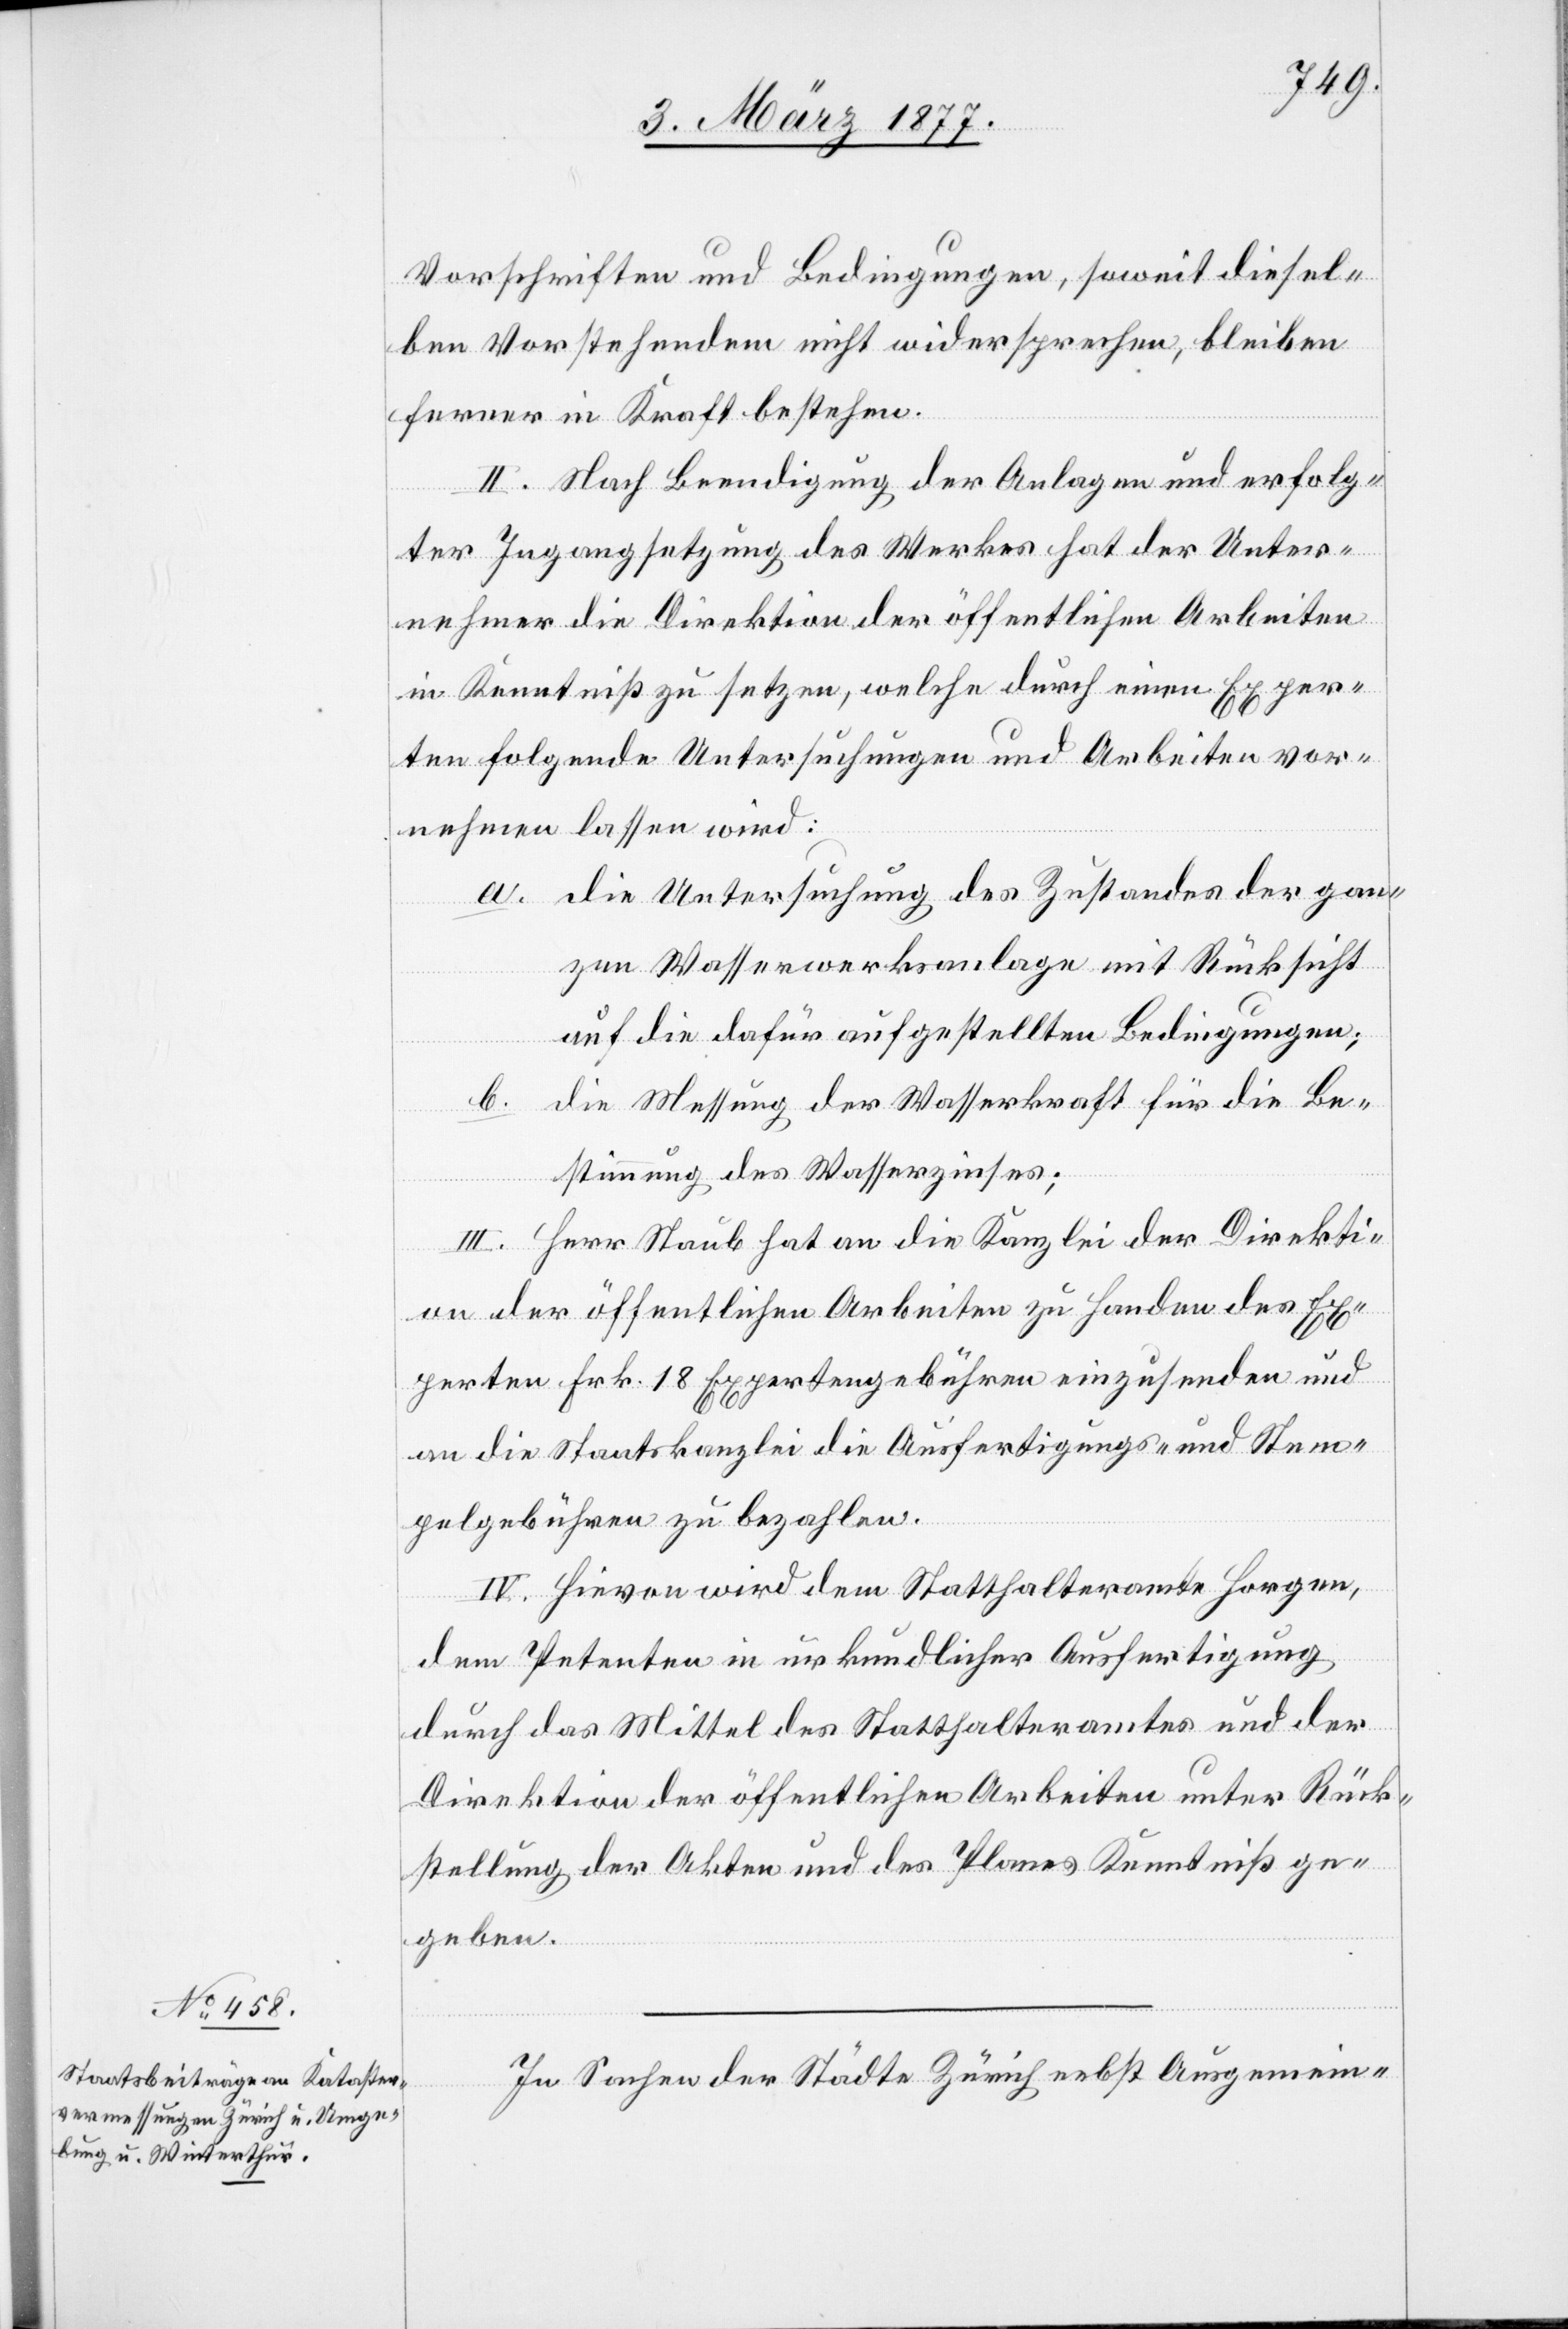
Vorschriften und Bedingungen, soweit diesel¬
ben Vorstehendem nicht wiedersprechen, bleiben
ferner in Kraft bestehen.
II. Nach Beendigung der Anlagen und erfolg¬
ter Ingangsetzung des Werkes hat der Unter¬
nehmer die Direktion der öffentlichen Arbeiten
in Kenntniß zu setzen, welche durch einen Exper¬
ten folgende Untersuchungen und Arbeiten vor¬
nehmen lassen wird:
a. die Untersuchung des Zustandes der gan¬
zen Wasserwerksanlage mit Rücksicht
auf die dafür aufgestellten Bedingungen;
b. die Messung der Wasserkraft für die Be¬
stimmung des Wasserzinses;
III. Herr Staub hat an die Kanzlei der Direkti¬
on der öffentlichen Arbeiten zu Handen des Ex¬
perten Frk. 18 Expertengebühren einzusenden und
an die Staatskanzlei die Ausfertigungs- und Stem¬
pelgebühren zu bezahlen.
IV. Hievon wird dem Statthalteramt Horgen,
dem Petenten in urkundlicher Ausfertigung
durch das Mittel des Statthalteramtes und der
Direktion der öffentlichen Arbeiten unter Rück¬
stellung der Akten und des Planes Kenntniß ge¬
geben.
In Sachen der Städte Zürich nebst Ausgemein-